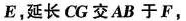
E，延长CG交AB于F，